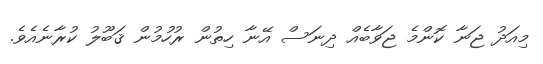
މިއަދު ޖަނާ ކޮންމެ ޖަވާބެއް ދިނަސް އޭނާ ހިތުން ރުހުމުން ޤަބޫލު ކުރާނެއެވެ.